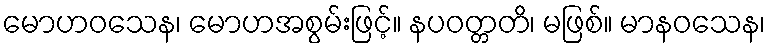
မောဟဝသေန၊ မောဟအစွမ်းဖြင့်။ နပဝတ္တတိ၊ မဖြစ်။ မာနဝသေန၊